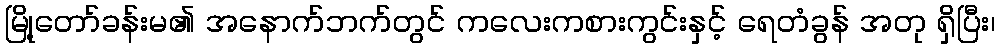
မြို့တော်ခန်းမ၏ အနောက်ဘက်တွင် ကလေးကစားကွင်းနှင့် ရေတံခွန် အတု ရှိပြီး၊